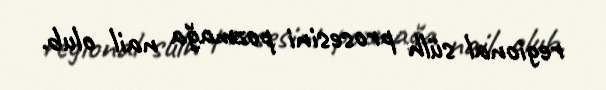
regional sülh prosesini pozmağa nail olub.